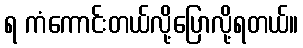
ရ ကံကောင်းတယ်လို့ပြောလို့ရတယ်။